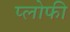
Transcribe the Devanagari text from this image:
प्लोफी